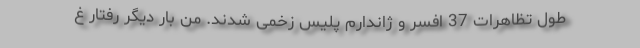
طول تظاهرات 37 افسر و ژاندارم پلیس زخمی شدند. من بار دیگر رفتار غ